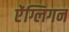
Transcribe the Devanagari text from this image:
ऐंग्लिगन